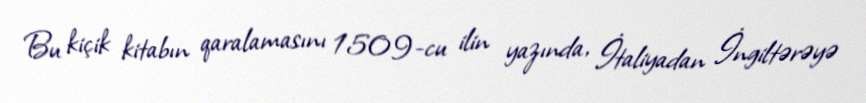
Bu kiçik kitabın qaralamasını 1509-cu ilin yazında, İtaliyadan İngiltərəyə